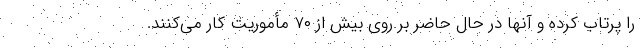
را پرتاب کرده و آنها در حال حاضر بر روی بیش از ۷۰ مأموریت کار می‌کنند.